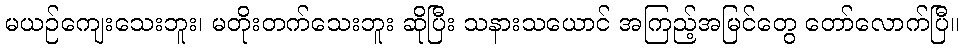
မယဉ်ကျေးသေးဘူး၊ မတိုးတက်သေးဘူး ဆိုပြီး သနားသယောင် အကြည့်အမြင်တွေ တော်လောက်ပြီ။